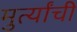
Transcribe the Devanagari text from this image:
मुर्त्यांची